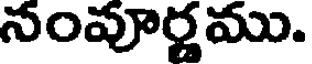
నంపూర్ణము.